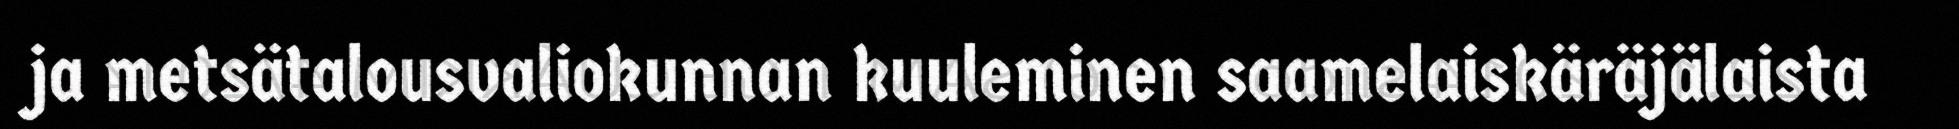
ja metsätalousvaliokunnan kuuleminen saamelaiskäräjälaista